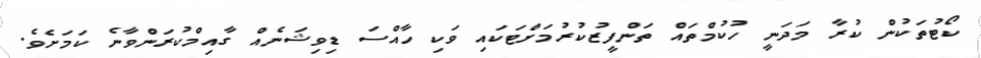
ކޯޓުތަކުން ކުރާ މަދަނީ ހުކުމްތައް ތަންފީޒުކުރުމަށްޓަކައި ވަކި ހާއްސަ ޑިވިޝަނެއް ގާއިމްކުރަންވާނެ ކަމަށެވެ.